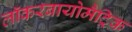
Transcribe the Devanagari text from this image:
लॉकरबायोमैट्रिक